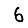
Digit: 6